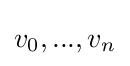
v_{0},...,v_{n}